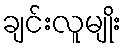
ချင်းလူမျိုး